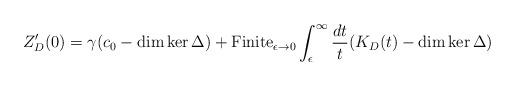
LaTeX: \begin{align*}Z_D'(0) =\gamma (c_0-\dim\ker\Delta)+ \hbox{Finite}_{\epsilon\to 0}\int_{\epsilon}^{\infty} {{dt}\over t} (K_D(t)-\dim\ker\Delta)\end{align*}